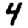
Digit: 4